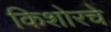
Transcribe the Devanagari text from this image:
किशोरचे